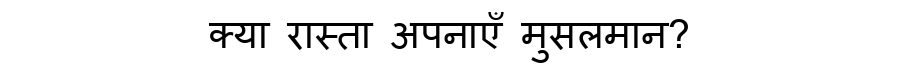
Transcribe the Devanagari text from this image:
क्या रास्ता अपनाएँ मुसलमान?